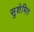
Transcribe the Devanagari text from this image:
सुशेभित